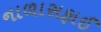
નાળાસફાઈ